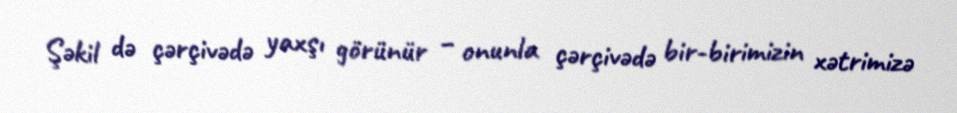
Şəkil də çərçivədə yaxşı görünür – onunla çərçivədə bir-birimizin xətrimizə